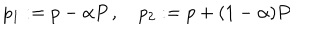
p _ { 1 } : = p - \alpha P \, , \quad p _ { 2 } : = p + ( 1 - \alpha ) P